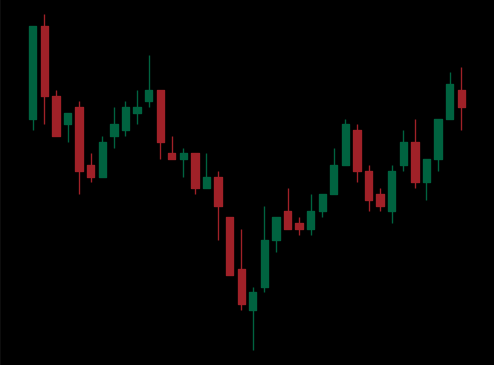
Pattern: inverse_head_shoulders